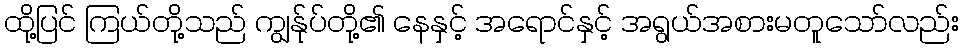
ထို့ပြင် ကြယ်တို့သည် ကျွန်ုပ်တို့၏ နေနှင့် အရောင်နှင့် အရွယ်အစားမတူသော်လည်း